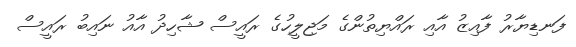
ފަނޑިޔާރު ފާއިޒު އާއި ރައްޔިތުންގެ މަޖިލީހުގެ ރައީސް ޝާހިދު އާއު ނައިބު ރައީސް